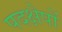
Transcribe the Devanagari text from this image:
पदक्षेपों